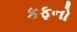
કફનો